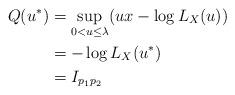
LaTeX: \begin{align*}Q(u^{\ast}) &= \sup_{0 < u \le \lambda} (ux - \log L_{X}(u)) \\ &= - \log L_{X}(u^{\ast}) \\ &= I_{p_1 p_2}\end{align*}